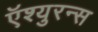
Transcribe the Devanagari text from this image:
ऍश्युरन्स